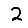
Digit: 2